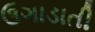
ઉગાડાતી